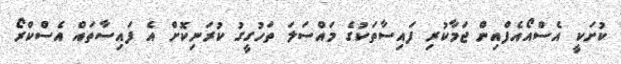
ކުށަކީ އެސްއޯއެފްއިން ޖަމާކުރި ފައިސާތަކުގެ މައްސަލަ ތަހުގީގު ކުރަނިކޮށް އެ ފައިސާތައް އެސްކްރޯ